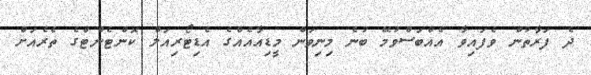
ދެ ފަރާތުން ވެފައިވާ އެއްބަސްވުމޭ ބުނެ މިނިވަން މީޑިއާއެއްގެ އެޑިޓޯރިއަލް ކޮންޓެންޓްގެ ތެރެއަށް